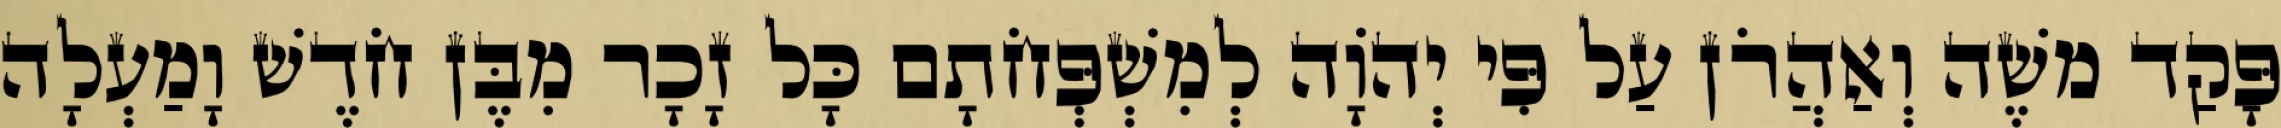
פָּקַד משֶׁה וְאַהֲרֹן עַל פִּי יְהוָֹה לְמִשְׁפְּחֹתָם כָּל זָכָר מִבֶּן חֹדֶשׁ וָמַעְלָה